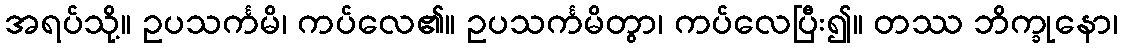
အရပ်သို့။ ဥပသင်္ကမိ၊ ကပ်လေ၏။ ဥပသင်္ကမိတွာ၊ ကပ်လေပြီး၍။ တဿ ဘိက္ခုနော၊